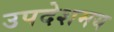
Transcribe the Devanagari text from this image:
उपदेशमय